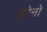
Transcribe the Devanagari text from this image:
उपेनो